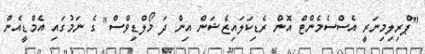
"ޕްރިލިމިނަރީ އެސްސެމެންޓް އޮން ރެޑިކަލައިޒެޝަން އިން ދަ މޯލްޑިވްސް" ގެ ނަމުގައި އެމްޑީއެން